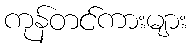
ကုန်တင်ကားများ